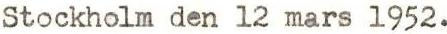
Stockholm den 12 mars l952.